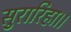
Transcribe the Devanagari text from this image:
सुरारिहा।।